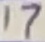
Text: 17